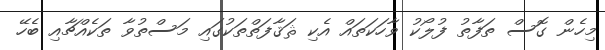
މިހެން ގޮސް ތަފާތު ފުލޯކު ވާހަކަތައް އެކި ޘަޤާފަތްތަކުގައި މަސްތުވާ ތަކެއްޗާއި ބެހޭ